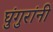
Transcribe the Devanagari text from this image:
घुंगुरांनी